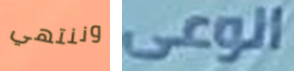
وننتهي الوعى